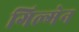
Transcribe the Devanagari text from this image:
गिल्मेन